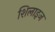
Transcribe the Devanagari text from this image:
शिलाइज